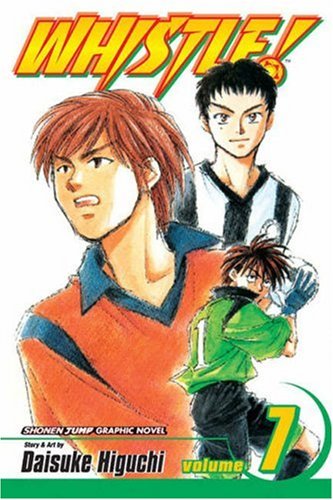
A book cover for Whistle, Vol. 7 (v. 7); Daisuke Higuchi; Comics & Graphic Novels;